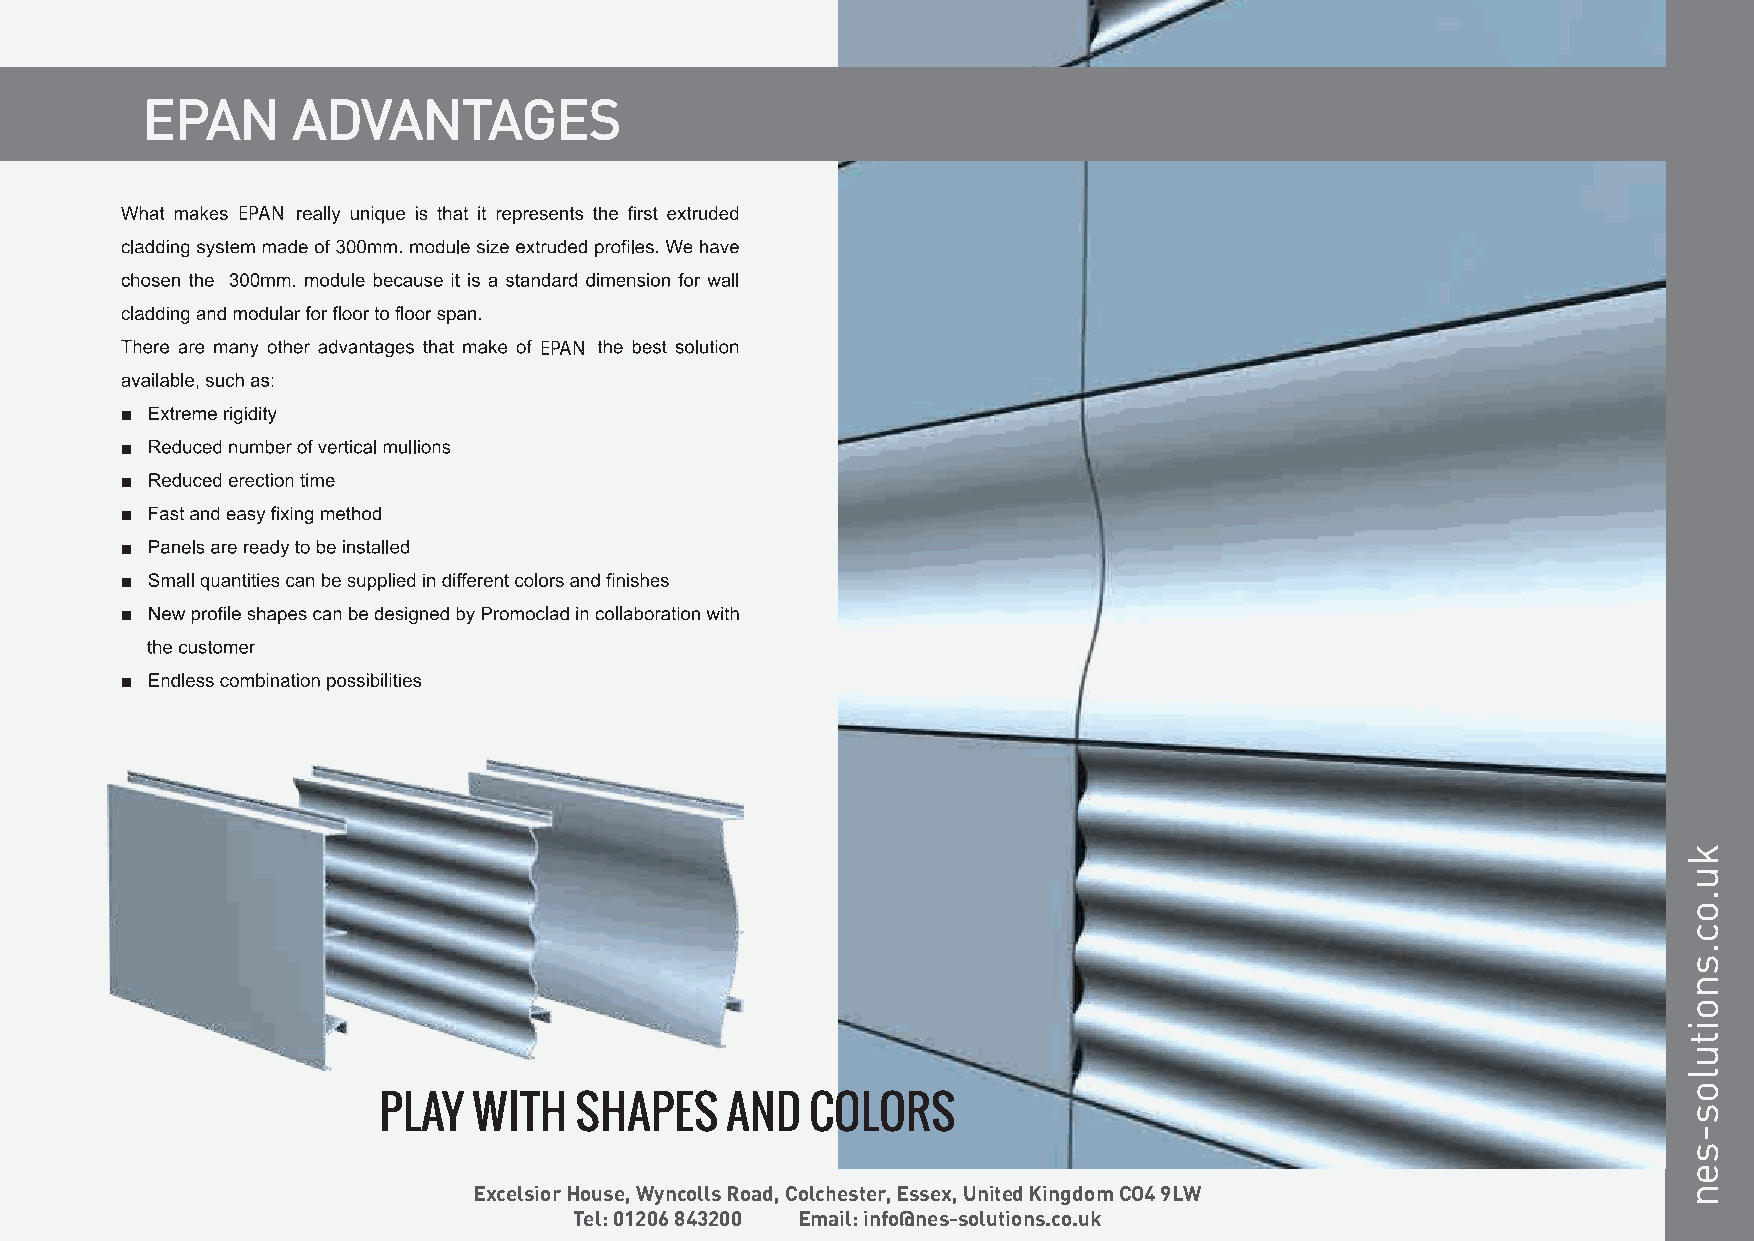
EPAN      ADVANTAGES
 EPAN
 EPAN
 Excelsior House, Wyncolls Road, Colchester, Essex, United Kingdom CO4 9LW
 Tel: 01206 843200 Email: info@nes-solutions.co.uk
 ku.oc.snoitulos-sen